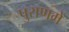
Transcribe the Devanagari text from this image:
पुराणमें